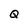
Character: Q